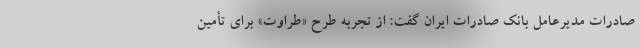
صادرات مدیرعامل بانک صادرات ایران گفت: از تجربه طرح «طراوت» برای تأمین